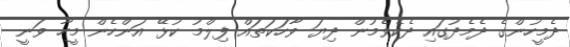
ދެމީހުންގެ ދެމެދުގައި ދެކެވެމުން ދިޔަ ވާހަކަތައް ފިލްމު ކުޅޭ އަންހެން މީހާ ވަނީ